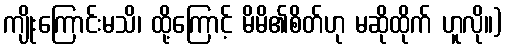
ကျိုးကြောင်းမသိ၊ ထို့ကြောင့် မိမိ၏စိတ်ဟု မဆိုထိုက် ဟူလို။)